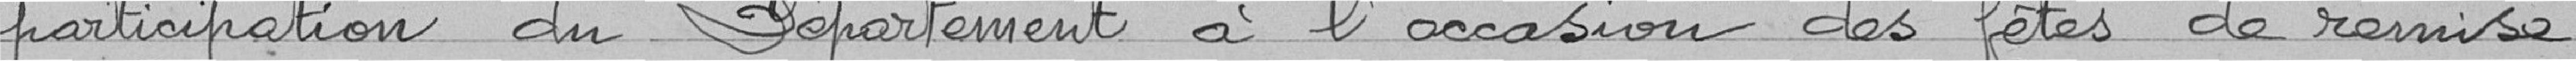
participation du Département à l'occasion des fêtes de remise